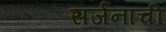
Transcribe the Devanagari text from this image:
सर्जनाची